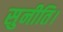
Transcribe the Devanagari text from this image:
सुनीति।